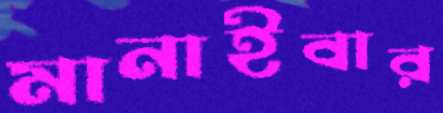
মানাইবার